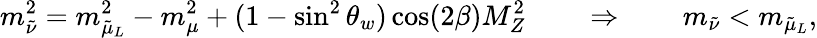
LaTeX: m_{\tilde{\nu}}^{2}=m_{{\tilde{\mu}}_{L}}^{2}-m_{\mu}^{2}+(1-\sin^{2}\theta_{w})\cos(2\beta)M_{Z}^{2}\qquad\Rightarrow\qquad m_{\tilde{\nu}}<m_{{\tilde{\mu}}_{L}},